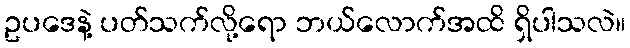
ဥပဒေနဲ့ ပတ်သက်လို့ရော ဘယ်လောက်အထိ ရှိပါသလဲ။